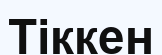
Тіккен